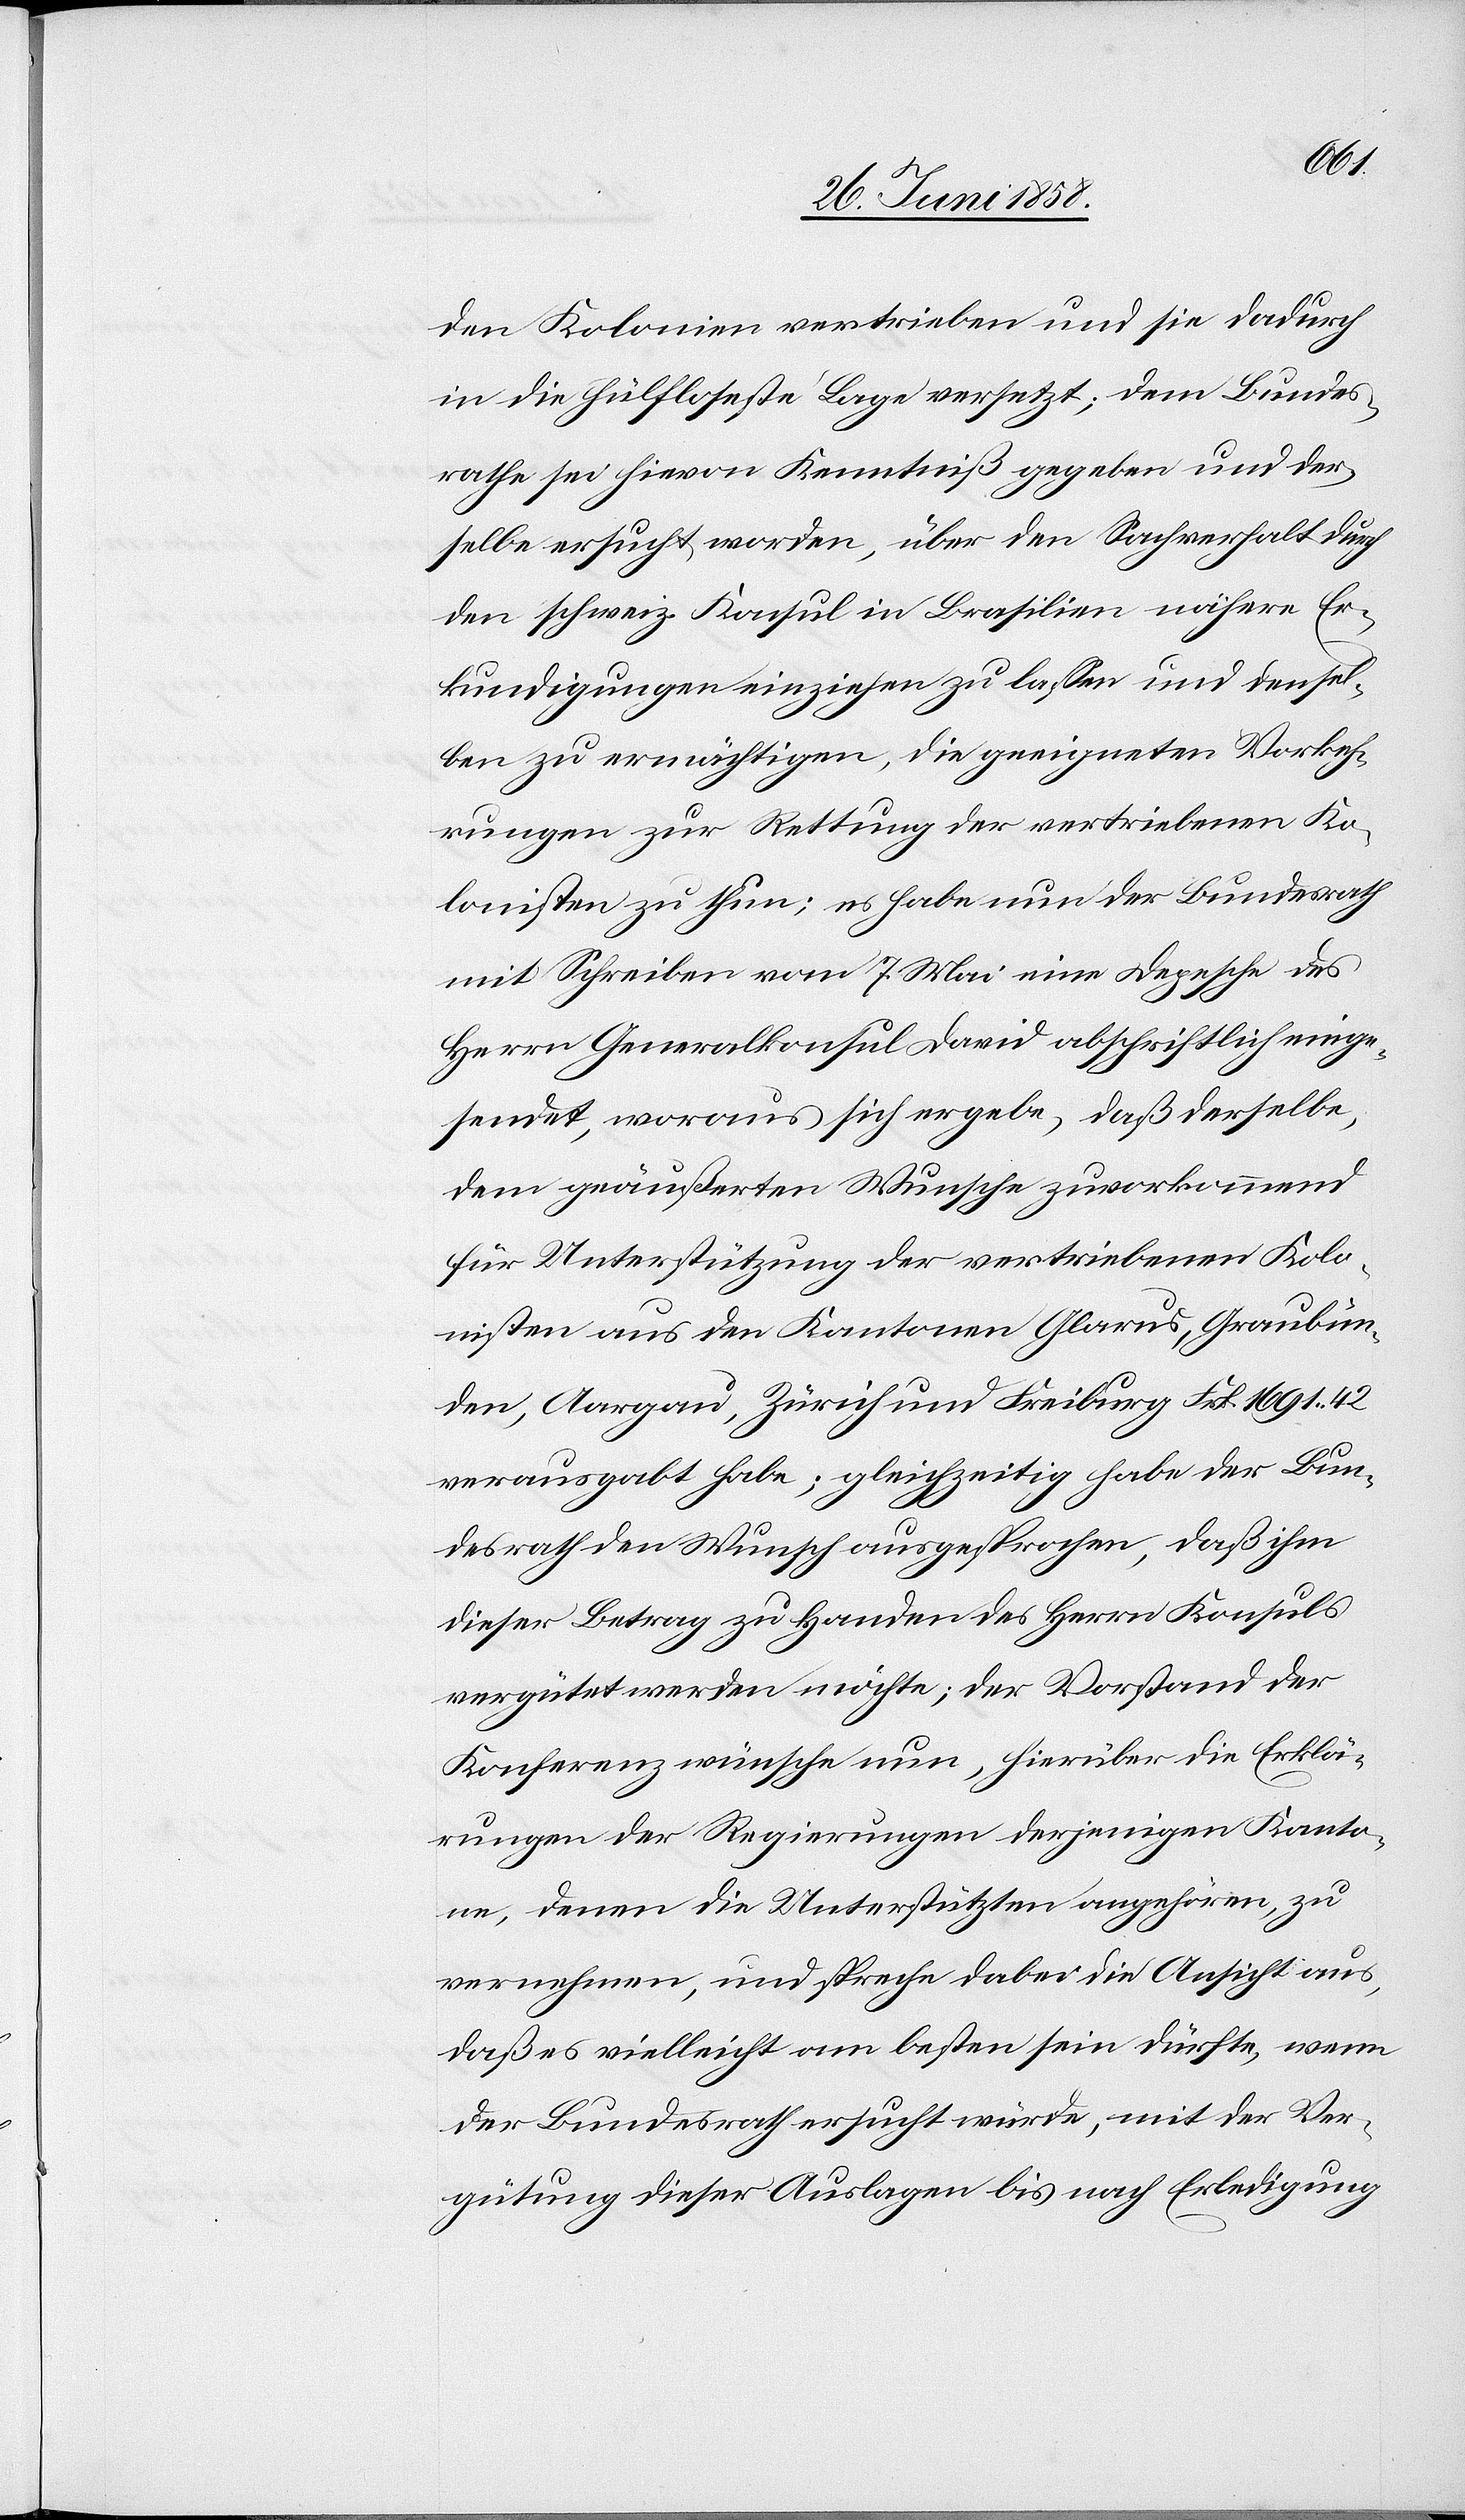
den Kolonien vertrieben und sie dadurch
in die hülfloseste Lage versetzt; dem Bundes¬
rathe sei hievon Kenntniß gegeben und der¬
selbe ersucht worden, über den Sachverhalt durch
den schweiz. Konsul in Brasilien nähere Er¬
kundigungen einziehen zu lassen und densel¬
ben zu ermächtigen, die geeigneten Vorkeh¬
rungen zur Rettung der vertriebenen Ko¬
lonisten zu thun; es habe nun der Bundesrath
mit Schreiben vom 7. Mai eine Depesche des
Herrn Generalkonsul David abschriftlich einge¬
sendet, woraus sich ergebe, daß derselbe,
dem geäußerten Wunsche zuvorkommend
für Unterstützung der vertriebenen Kolo¬
nisten aus den Kantonen Glarus, Graubün¬
den, Aargau, Zürich und Freiburg Frk. 1691 42
verausgabt habe; gleichzeitig habe der Bun¬
desrath den Wunsch ausgesprochen, daß ihm
dieser Betrag zu Handen des Herrn Konsuls
vergütet werden möchte; der Vorstand der
Konferenz wünsche nun, hierüber die Erklä¬
rungen der Regierungen derjenigen Kanto¬
ne, denen die Unterstützten angehören, zu
vernehmen, und spreche dabei die Ansicht aus,
daß es vielleicht am besten sein dürfte, wenn
der Bundesrath ersucht würde, mit der Ver¬
gütung dieser Auslagen bis nach Erledigung